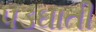
પડઘાતી